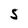
Character: 5